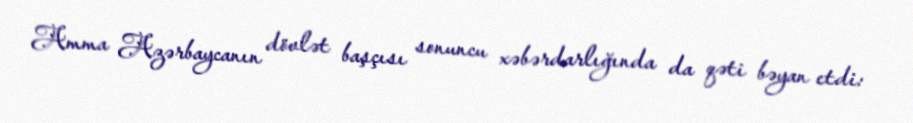
Amma Azərbaycanın dövlət başçısı sonuncu xəbərdarlığında da qəti bəyan etdi: